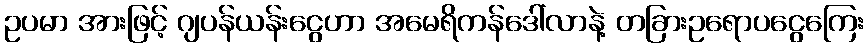
ဥပမာ အားဖြင့် ဂျပန်ယန်းငွေဟာ အမေရိကန်ဒေါ်လာနဲ့ တခြားဥရောပငွေကြေး